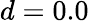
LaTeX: d=0.0